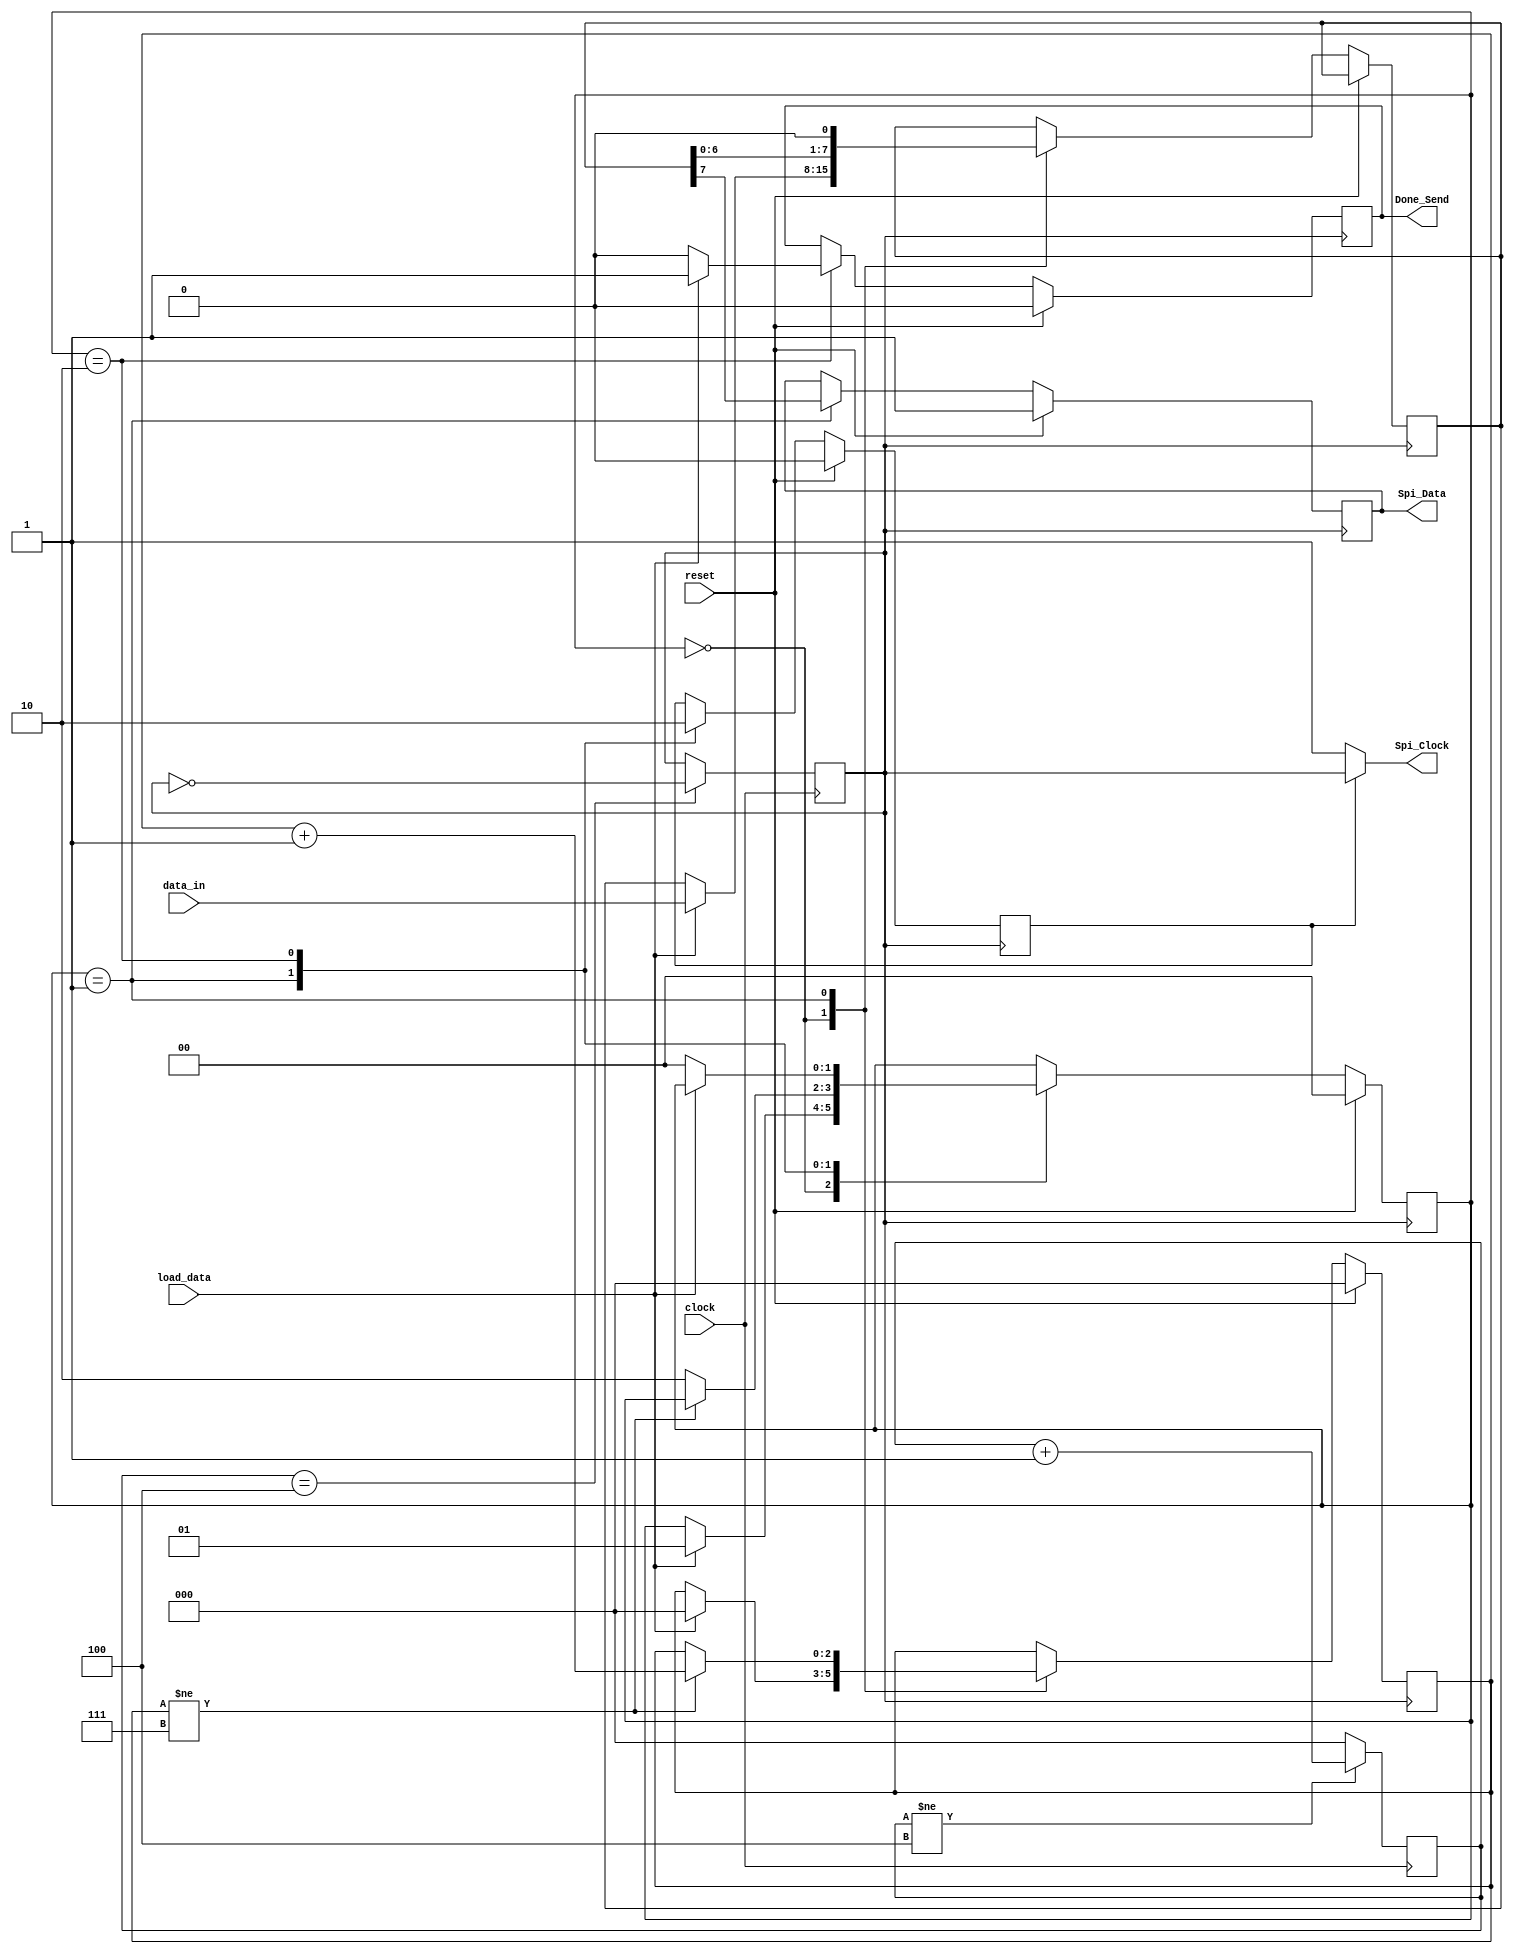
`timescale 1ns / 1ps
//////////////////////////////////////////////////////////////////////////////////
// Company: MAY BE IT'S YOU
// 
// Design Name: 
// Module Name:  SPI_INTERFACE
// Project Name: OLED_INTERFACE_FINAL  
// Target Devices: OLED DISPLAY OF ZEDBOARD ZYNQ 7000 SOC
//////////////////////////////////////////////////////////////////////////////////


module SPI_INTERFACE(
 
 input clock,                      //on board zynq clock(100 MHz )
 input reset,
 input [7:0] data_in,
 input load_data,                 //signal indicates new dara for transmission
 
 output reg  Done_Send,          // signal indicates data has been sent over  spi_interface
 output      Spi_Clock,          //10MHz clock 
 output reg  Spi_Data
                     );
     
     reg [2:0] counter    = 0;
     reg [2:0] Data_Count = 0;
     reg [7:0] Shift_Reg;
     reg [1:0] state      = 0;
     reg       clock_10   = 0;  
     reg CE;
     
     assign Spi_Clock = (CE == 1) ? clock_10: 1'b1;
     
     
     
     
    initial clock_10 <=0;
 
     
  
        always @(posedge clock)
              begin
                if(counter != 4)
                     counter <= counter+1;
                else 
                     counter <= 0;
              end 
     
  
  
        always @(posedge clock)
                 begin
                      if(counter == 4)
                            clock_10 <= ~clock_10;
                 end  
  
  
  localparam        IDLE = 'd0,
                    SEND = 'd1,
                    DONE = 'd2;


always @(negedge clock_10)
      begin
             if(reset)
                 begin
                       state      <= IDLE;
                       Data_Count <= 0;
                       Done_Send  <= 1'b0;
                       CE         <= 0;
                       Spi_Data   <= 1'b1;
                  end 
              else 
                begin
                    case(state)
                            IDLE:
                                       begin
                                           if(load_data)
                                                    begin 
                                                     Shift_Reg   <= data_in;
                                                     state       <= SEND;
                                                     Data_Count  <= 0;
                                                    end 
                                      end 
             
                            SEND: 
                                      begin 
                                          Spi_Data  <= Shift_Reg[7];
                                          Shift_Reg <= {Shift_Reg[6:0] ,1'b0};
                                          CE        <= 1;
                   
                                         if(Data_Count !=7)
                                                Data_Count <= Data_Count+1;
                                         else 
                                              begin 
                                                 state <= DONE;
                                               end 
                                       end 
          
                          DONE: 
                                    begin
                                              Done_Send <= 1'b1;
                                              CE        <= 0;
                                           if(!load_data)
                                            begin
                                               Done_Send <= 1'b0;
                                               state     <= IDLE; 
                                             end 
                                    end     
                    endcase 
                 end 
          end      

endmodule